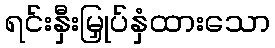
ရင်းနှီးမြှုပ်နှံထားသော